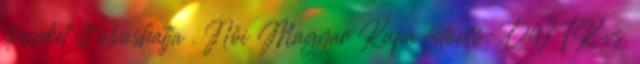
elveinket itt olvashatja . Női Magyar Kupa-döntő: DVTK vs.